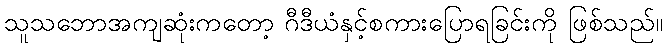
သူသဘောအကျဆုံးကတော့ ဂီဒီယံနှင့်စကားပြောရခြင်းကို ဖြစ်သည်။